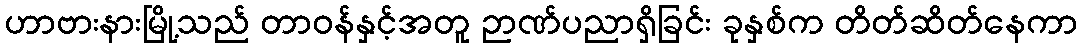
ဟာဗားနားမြို့သည် တာဝန်နှင့်အတူ ဉာဏ်ပညာရှိခြင်း ခုနှစ်က တိတ်ဆိတ်နေကာ